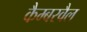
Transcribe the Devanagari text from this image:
कैम्बरवैल